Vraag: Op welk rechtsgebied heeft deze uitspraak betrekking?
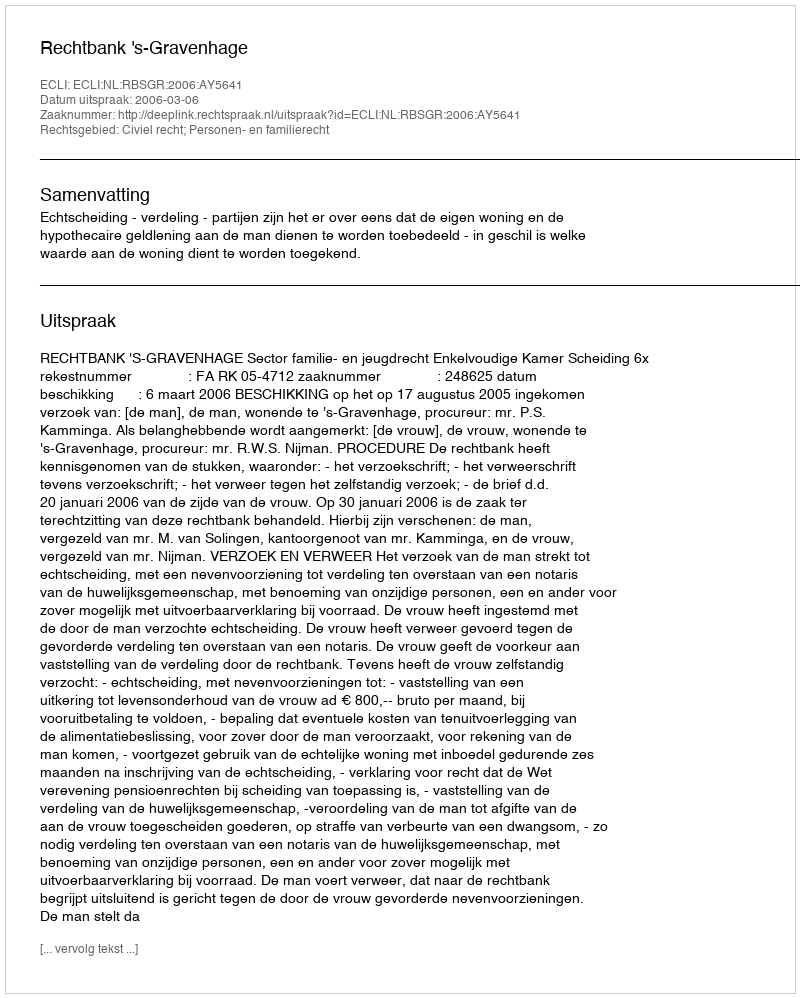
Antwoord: Civiel recht; Personen- en familierecht